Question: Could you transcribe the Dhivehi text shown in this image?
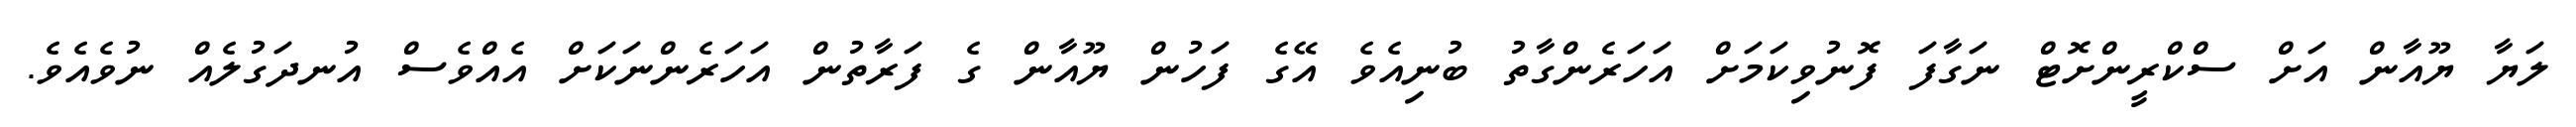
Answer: ލަޔާ ޔޫއާން އަށް ސްކްރީންށޮޓް ނަގާފަ ފޮނުވިކަމަށް އަހަރެންގާތު ބުނިއެވެ އޭގެ ފަހުން ޔޫއާން ގެ ފަރާތުން އަހަރެންނަކަށް އެއްވެސް އުނދަގުލެއް ނުވެއެވެ.